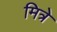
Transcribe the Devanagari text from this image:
मित्रे